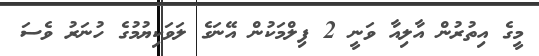
މީގެ އިތުރުން އާލިއާ ވަނީ 2 ފިލްމަކުން އޭނަގެ ލަވަކިޔުމުގެ ހުނަރު ވެސަ